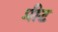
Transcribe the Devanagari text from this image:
प्रीट